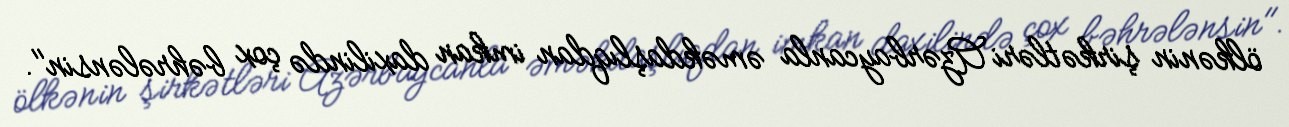
ölkənin şirkətləri Azərbaycanla əməkdaşlıqdan imkan daxilində çox bəhrələnsin".